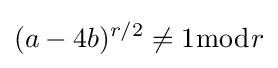
(a-4b)^{r/2}\neq 1{\bmod {r}}